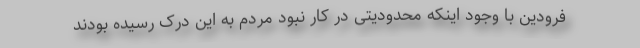
فرودین با وجود اینکه محدودیتی در کار نبود مردم به این درک رسیده بودند